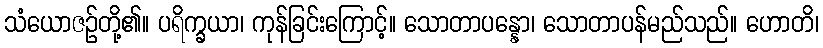
သံယောဇဉ်တို့၏။ ပရိက္ခယာ၊ ကုန်ခြင်းကြောင့်။ သောတာပန္နော၊ သောတာပန်မည်သည်။ ဟောတိ၊